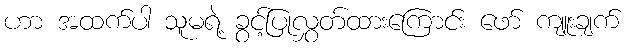
ဟာ အထက်ပါ သူမရဲ့ ခွင့်ပြုလွှတ်ထားကြောင်း ဖော် ကျူးချက်